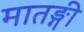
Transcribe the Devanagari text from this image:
मातङ्गी